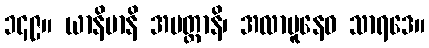
၁၄၉။ ယာနိမာနိ အပတ္ထာနိ၊ အလာဗူနေဝ သာရဒေ။